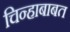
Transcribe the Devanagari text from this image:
चिन्हाबाबत